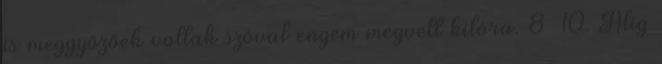
is meggyőzőek voltak szóval engem megvett kilóra. 8 10. Alig